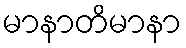
မာနာတိမာနာ